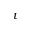
t